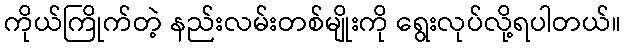
ကိုယ်ကြိုက်တဲ့ နည်းလမ်းတစ်မျိုးကို ရွေးလုပ်လို့ရပါတယ်။